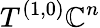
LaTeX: T^{(1,0)}\mathbb{C}^{n}